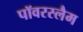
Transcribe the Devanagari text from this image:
पॉवरस्लैम